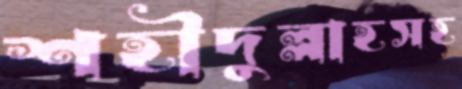
শহীদুল্লাহসহ